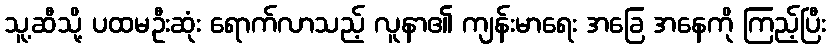
သူ့ဆီသို့ ပထမဦးဆုံး ရောက်လာသည့် လူနာ၏ ကျန်းမာရေး အခြေ အနေကို ကြည့်ပြီး